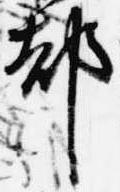
都